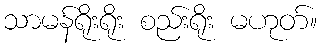
သာမန်ရိုးရိုး စည်းရိုး မဟုတ်။